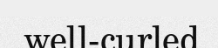
well-curled